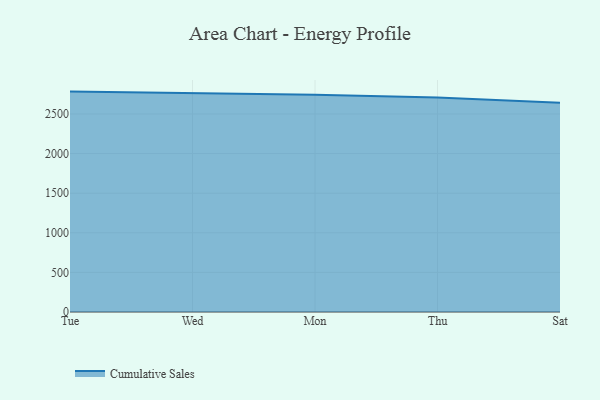
{"axis": {"x": "Day", "y": "Demand Index"}, "legend": ["Cumulative Sales"], "data": [{"x": "Tue", "y": 2782.5, "type": "Cumulative Sales"}, {"x": "Wed", "y": 2762.1, "type": "Cumulative Sales"}, {"x": "Mon", "y": 2741.4, "type": "Cumulative Sales"}, {"x": "Thu", "y": 2706.7, "type": "Cumulative Sales"}, {"x": "Sat", "y": 2641.5, "type": "Cumulative Sales"}]}